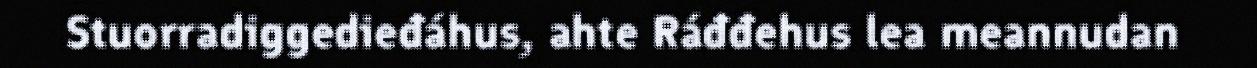
Stuorradiggedieđáhus, ahte Ráđđehus lea meannudan